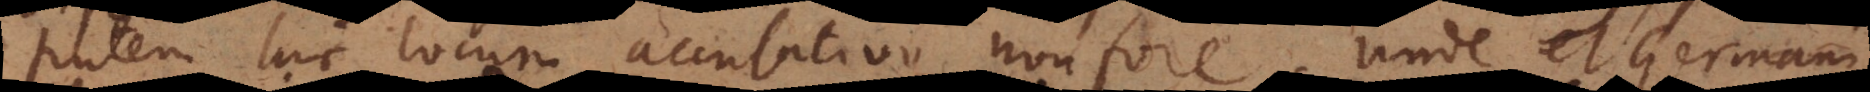
tem hic locum accusativo non fore. Unde et Germani